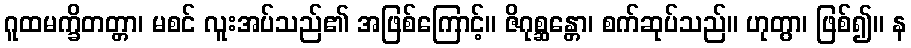
ဂူထမက္ခိတတ္တာ၊ မစင် လူးအပ်သည်၏ အဖြစ်ကြောင့်။ ဇိဂုစ္ဆန္တော၊ စက်ဆုပ်သည်။ ဟုတွာ၊ ဖြစ်၍။ န